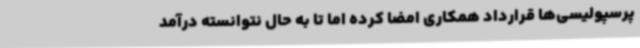
پرسپولیسی‌ها قرارداد همکاری امضا کرده اما تا به حال نتوانسته درآمد